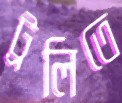
ট্রলিতে